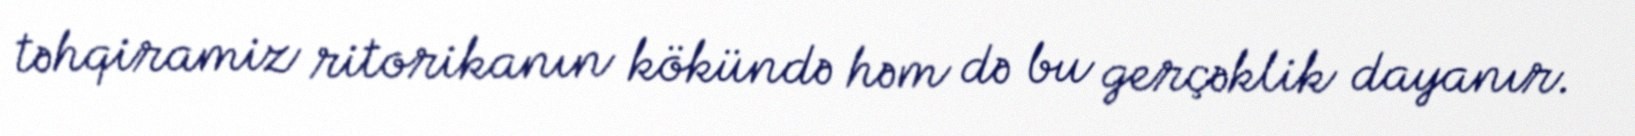
təhqiramiz ritorikanın kökündə həm də bu gerçəklik dayanır.